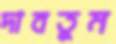
দাবতুম